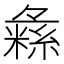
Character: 𱹾